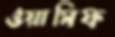
ওয়াসিফ